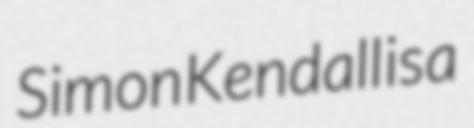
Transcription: Simon Kendall is a